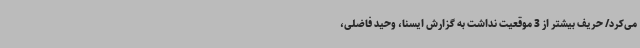
می‌کرد/ حریف بیشتر از 3 موقعیت نداشت به گزارش ایسنا، وحید فاضلی،